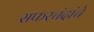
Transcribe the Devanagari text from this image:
सफरचंदांचे